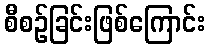
စီစဉ်ခြင်းဖြစ်ကြောင်း